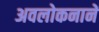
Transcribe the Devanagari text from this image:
अवलोकनानें